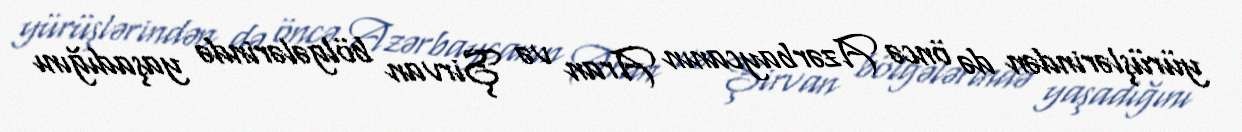
yürüşlərindən də öncə Azərbaycanın Aran və Şirvan bölgələrində yaşadığını